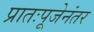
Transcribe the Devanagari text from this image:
प्रातःपूजेनंतर